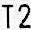
T2